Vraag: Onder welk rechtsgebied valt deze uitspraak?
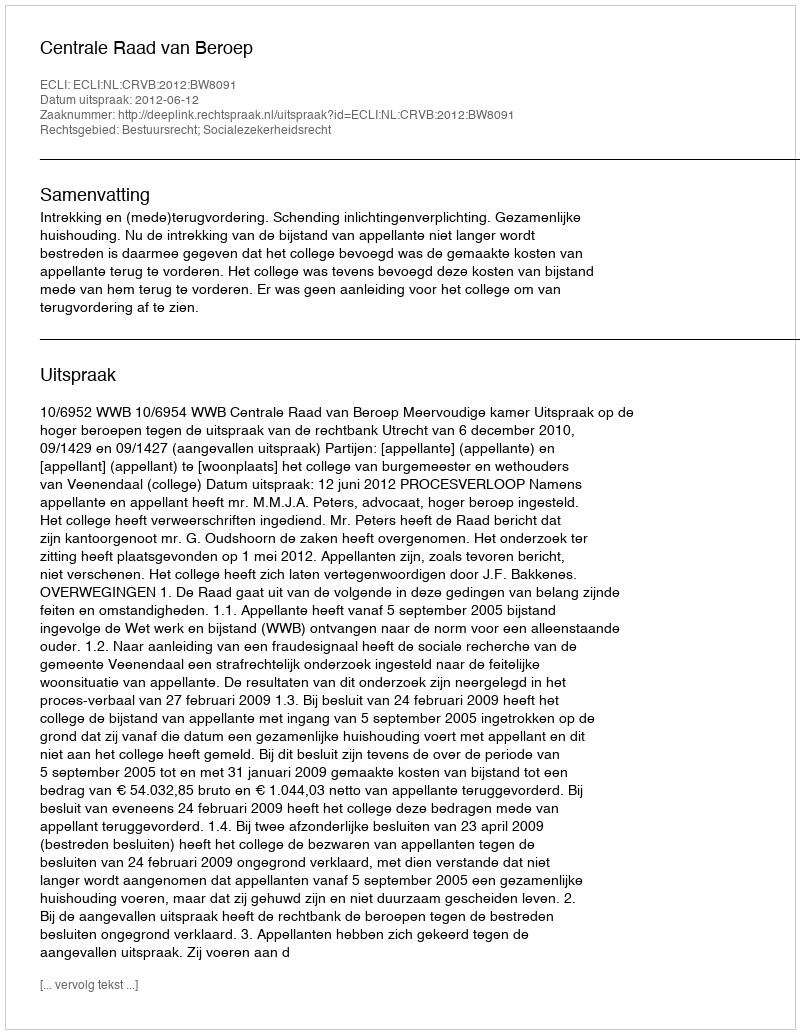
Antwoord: Bestuursrecht; Socialezekerheidsrecht